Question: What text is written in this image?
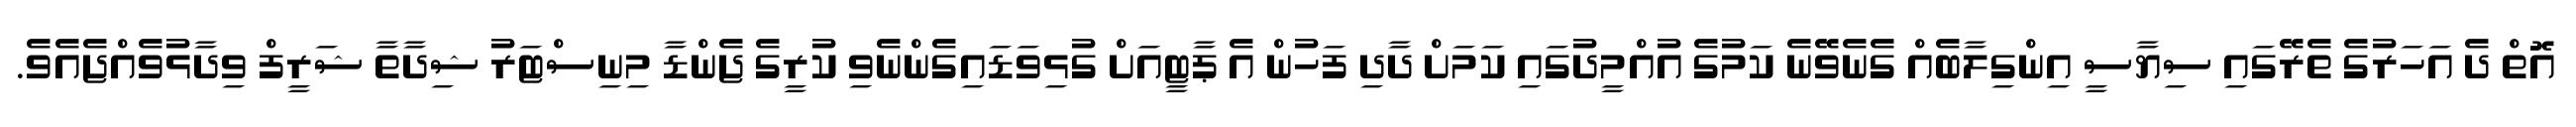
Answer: އޮތް ދެ އަހަރުގެ ތެރޭގައި ސިޔާސީ އިންގިލާބެއް ގެނެވޭނެ ކަމުގެ އުއްމީދުގައި ކަމަށް ދާދި ފަހުން އެ ޕާޓީއަށް ގުޅިވަޑައިގެންނެވި ކުރީގެ ޖެންޑާ މިނިސްޓަރު ޝިދާތާ ޝަރީފް ވިދާޅުވެއްޖެއެވެ.